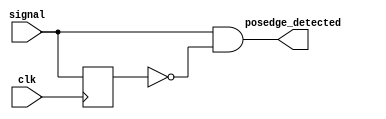
module posedge_detector (
    input wire clk,
    input wire signal,
    output wire posedge_detected
);
    reg signal_prev;

    always @(posedge clk) begin
        signal_prev <= signal;
    end

    assign posedge_detected = (signal == 1'b1) && (signal_prev == 1'b0);
endmodule